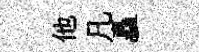
他凡矗